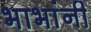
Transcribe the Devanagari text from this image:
भाभांनी